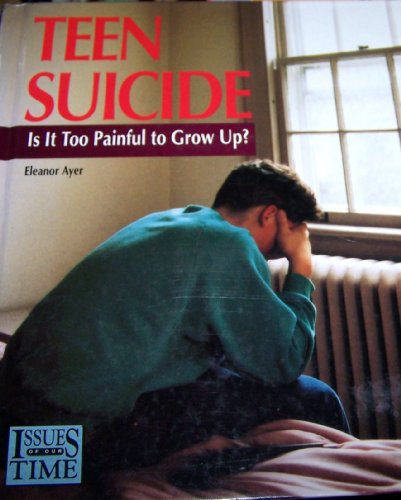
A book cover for Teen Suicide:Is It Too Painful (Issues of Our Time (21st Century Books)); Eleanor Ayer; Teen & Young Adult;